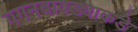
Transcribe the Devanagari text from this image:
गगनबावड्याकडे